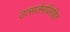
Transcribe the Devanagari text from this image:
उत्सर्जनविरहित